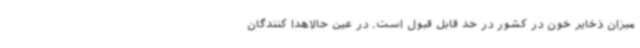
میزان ذخایر خون در کشور در حد قابل قبول است. در عین حالاهدا کنندگان